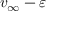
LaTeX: v _ { \infty } - \varepsilon